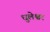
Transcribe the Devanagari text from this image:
धुलेश्वर